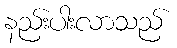
နည်းပါးလာသည်